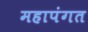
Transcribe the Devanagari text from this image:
महापंगत